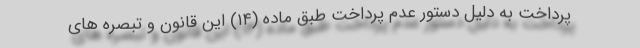
پرداخت به دلیل دستور عدم پرداخت طبق ماده (۱۴) این قانون و تبصره های